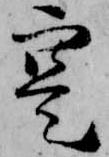
寔